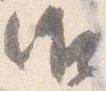
御